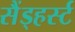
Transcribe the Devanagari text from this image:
सैंड्हर्स्ट